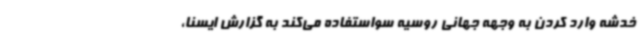
خدشه وارد کردن به وجهه جهانی روسیه سو‌استفاده می‌کند به گزارش ایسنا،